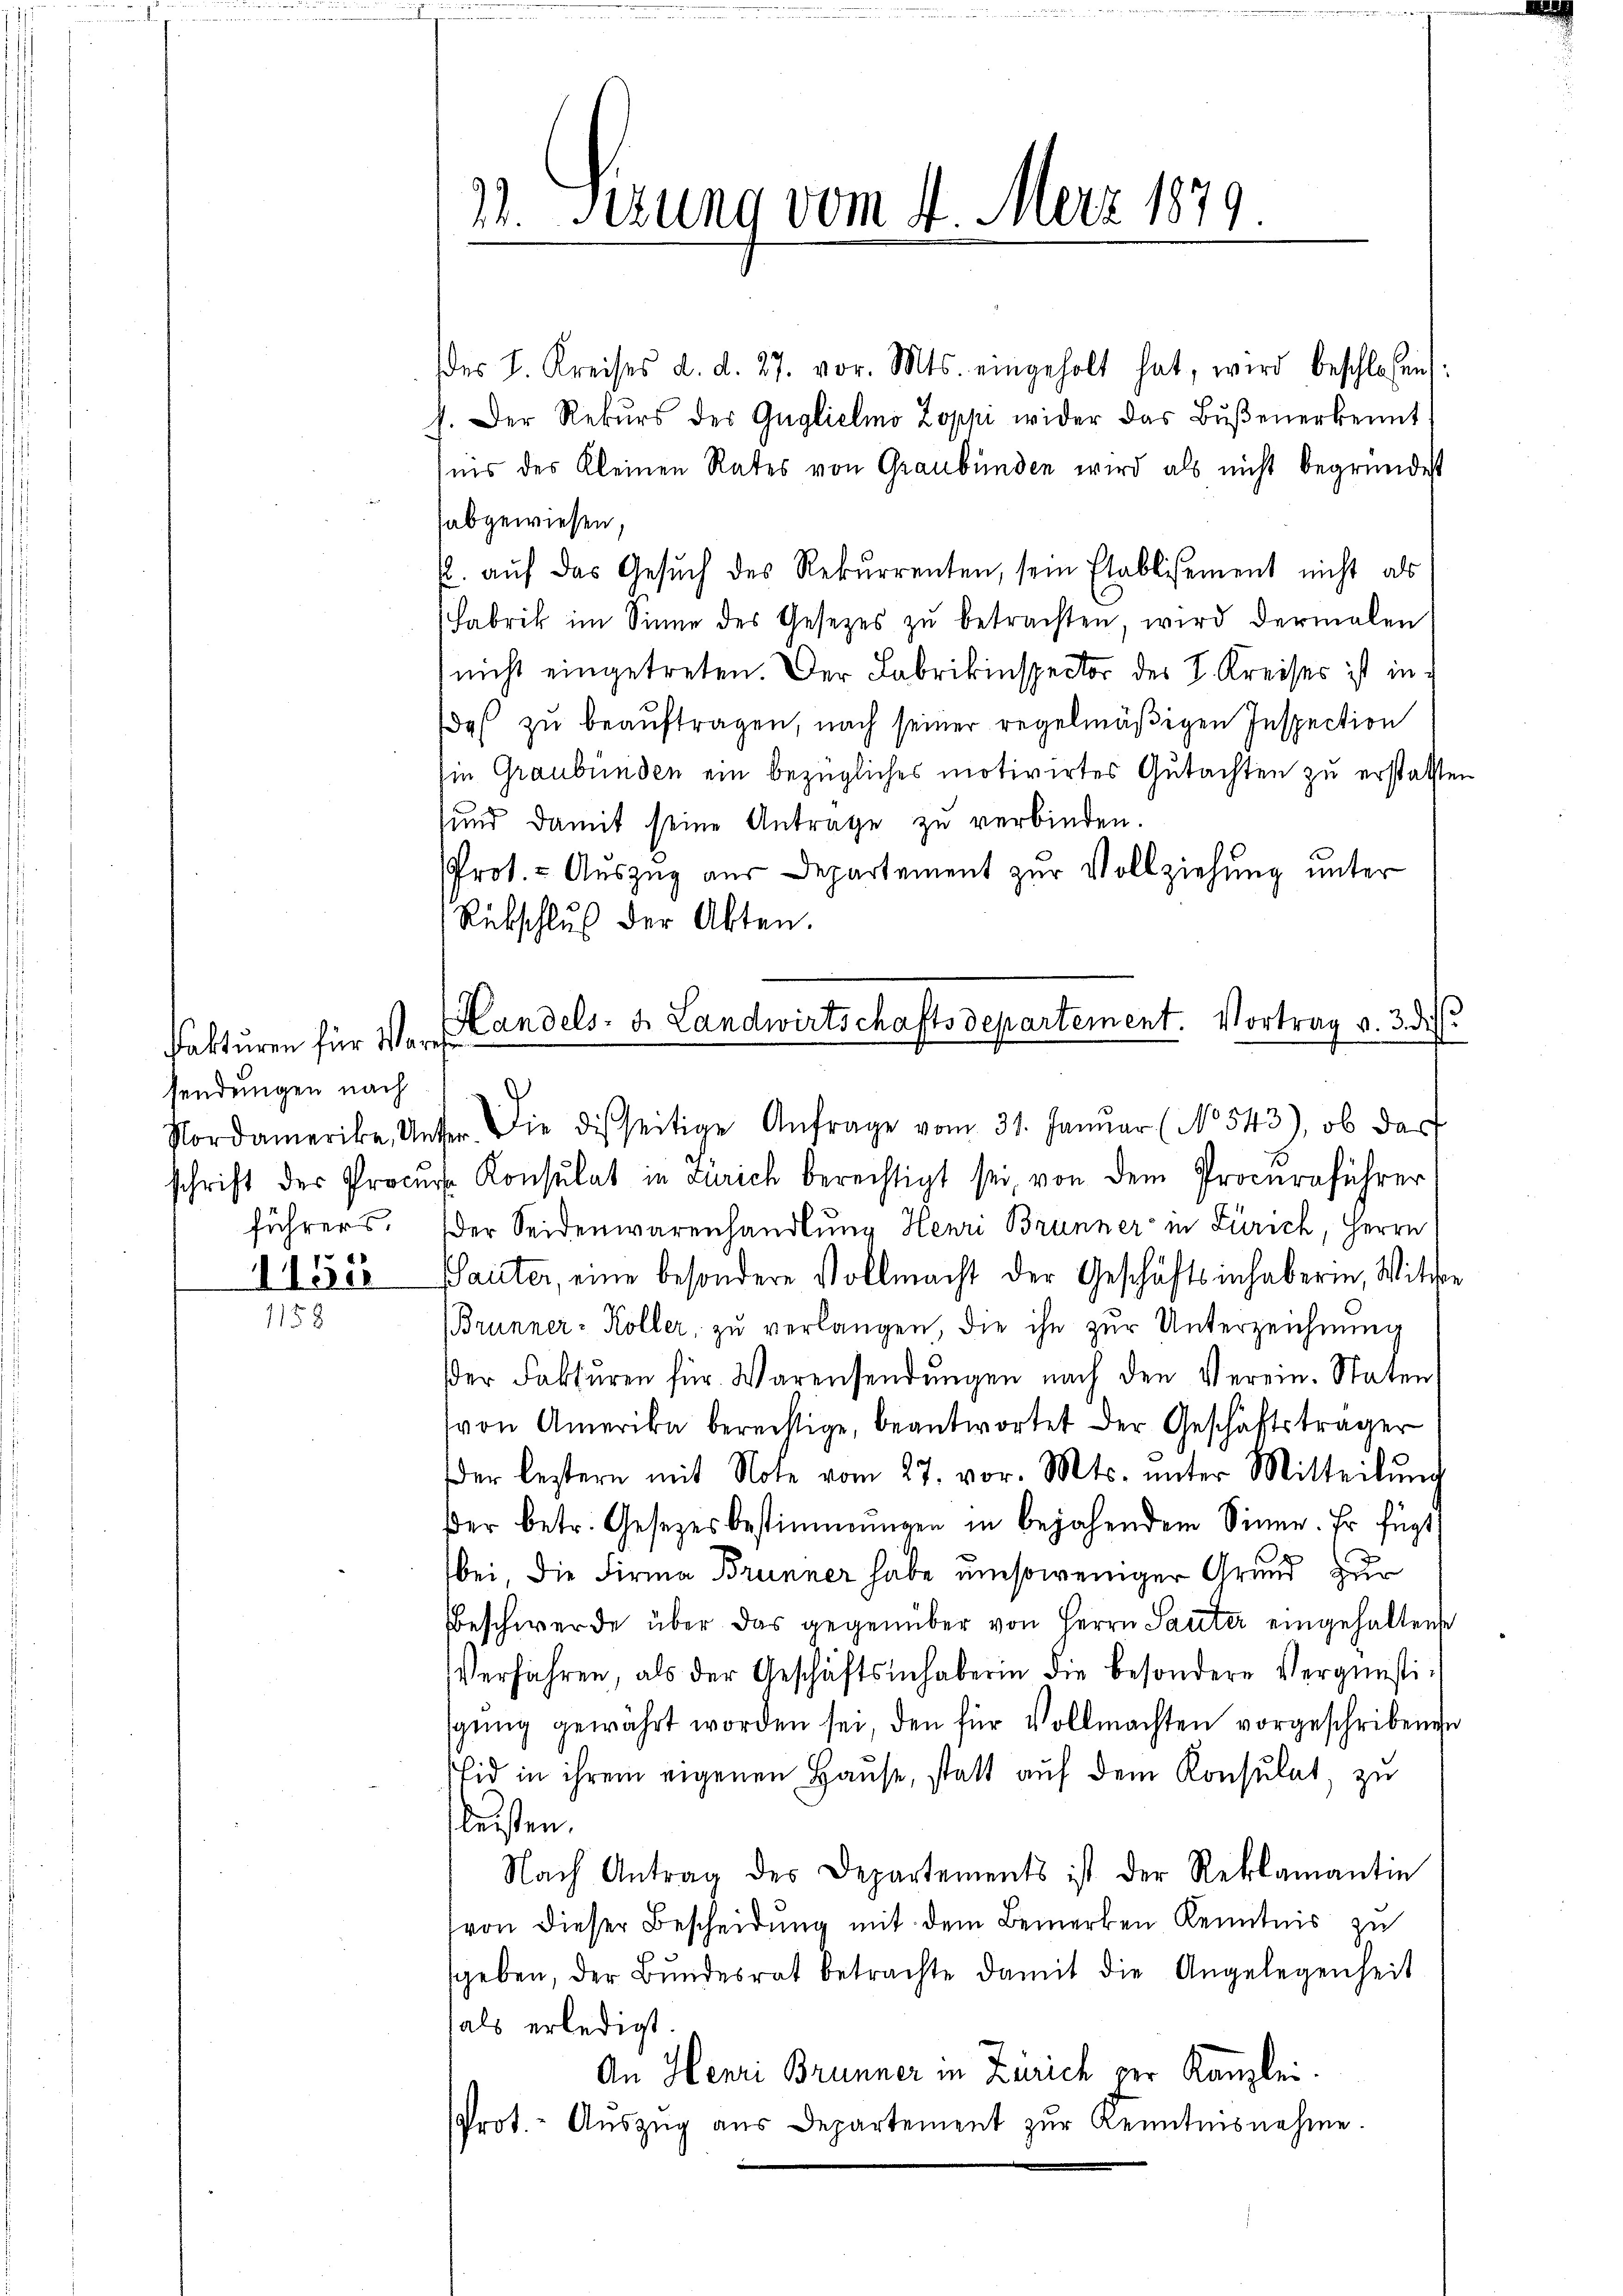
Fakturen für Warefsendungen nach

1154
1158

11. Sezung vom 4. März 1879

des I. Kreises d. d. 27. vor. Mts. eingeholt hat, wird beschlossen:
G. Der Rekŭrs der Guglielino Zoppi wider das Bŭβenerkennt
nis des Kleinen Rates von Graubünden wird als nicht begründet
habgewiesen,
. aŭf das Gesŭch des Rekurrenten, sein Etablisement nicht als
Fabrik im Sinne des Gesetzes zŭ betrachten, wird dermalen
nicht eingetreten. Der Fabrikinspector des S. Kreises ist in
daß zu beaŭftragen, nach seiner regelmäßigen Inspection
hien Graubünden ein bezügliches motivirtes Gutachten zu erstatten
sund damit seine Antrage zu verbinden.
Prot. - Auszug aus Departement zur Vollziehung unter
Rückschluß der Akten.
Handels- u. Landwirtschaftsdepartement. Vortrag v. 3. di

Nordamerike, Unter. Die disseitige Anfrage vom 31. Janŭar (No 543), ob das
schrift der Procurse Konsulat in Zürich berechtigt sei, von dem Procuraführer
führers. Der Seidenwarenhandlung Henri Brunner in Zürich, Herrn
Paiiter, eine besondere Vollmacht der Geschäftsinhaberin, Wittwe
Brunner-Köller, zu verlangen, die ihn zur Unterzeichnung
er Fakturen für Warensendŭngen nach den Verein. Staten
von Amerika berechtige, beantwortet der Geschäftsträger
der leztern mit Note vom 27. vor. Mts. unter Mitteilŭng
der betr. Gesetzesbestimmungen in bejahendem Sinne. Er fügt,
d
bei, die Firma Brunner habe umsoweniger Grund zur
Beschwerde über das gegenüber von Herrn Sauter eingehaltene
Verfahren, als der Geschäftsinhaberin die besondere Vergünstisgŭng gewährt worden sei, den für Vollmachten vorgeschribenen
Eid in ihrem eigenen Hause, statt auf dem Konsulat, zu
leisten.
Nach Antrag des Departements ist der Reklamantin
(von dieser Bescheidung mit dem Bemerken Kenntnis zu
sgeben, der Bŭndesrat betrachte damit die Angelegenheit
als erledigt.
An Henri Brunner in Zürich per Kanzlei.
Prot.- Aŭszŭg aŭs Departement zŭr Kenntnisnehme.